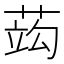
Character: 𦵑